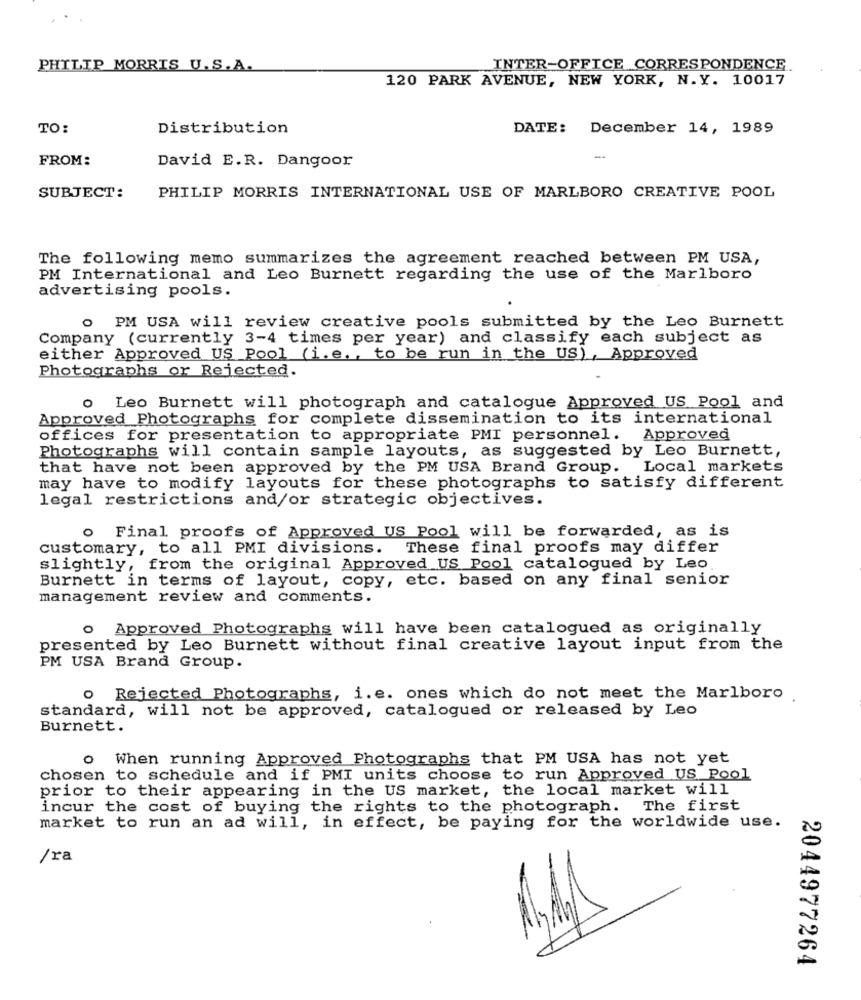
PHILIP MORRIS U.S.A.
INTER-OFFICE CORRESPONDENCE
120 PARK AVENUE, NEW YORK, N.Y. 10017
TO:
Distribution
DATE: December 14, 1989
FROM:
-
David E.R. Dangoor
SUBJECT:
PHILIP MORRIS INTERNATIONAL USE OF MARLBORO CREATIVE POOL
The following memo summarizes the agreement reached between PM USA,
PM International and Leo Burnett regarding the use of the Marlboro
advertising pools.
O PM USA will review creative pools submitted by the Leo Burnett
Company (currently 3-4 times per year) and classify each subject as
either Approved US Pool (i.e ., to be run in the US) , Approved
Photographs or Rejected.
Leo Burnett will photograph and catalogue Approved US Pool and
Approved Photographs for complete dissemination to its international
offices for presentation to appropriate PMI personnel. Approved
Photographs will contain sample layouts, as suggested by Leo Burnett,
that have not been approved by the PM USA Brand Group. Local markets
may have to modify layouts for these photographs to satisfy different
legal restrictions and/or strategic objectives.
o Final proofs of Approved US Pool will be forwarded, as is
customary, to all PMI divisions. These final proofs may differ
slightly, from the original Approved US Pool catalogued by Leo.
Burnett in terms of layout, copy, etc. based on any final senior
management review and comments.
o Approved Photographs will have been catalogued as originally
presented by Leo Burnett without final creative layout input from the
PM USA Brand Group.
o Rejected Photographs, i. e. ones which do not meet the Marlboro
standard, will not be approved, catalogued or released by Leo
Burnett.
o When running Approved Photographs that PM USA has not yet
chosen to schedule and if PMI units choose to run Approved US Pool
prior to their appearing in the US market, the local market will
incur the cost of buying the rights to the photograph. The first
market to run an ad will, in effect, be paying for the worldwide use.
/ra
14
2044977264